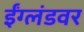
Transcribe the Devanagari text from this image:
ईंग्लंडवर